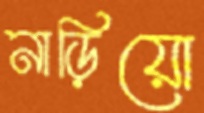
নাড়িয়ো